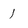
Character: I